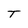
Character: T